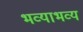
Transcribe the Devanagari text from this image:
भव्याभव्य